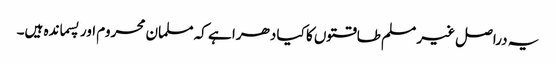
یہ دراصل غیر مسلم طاقتوں کا کیا دھرا ہے کہ مسلمان محروم اور پسماندہ ہیں۔